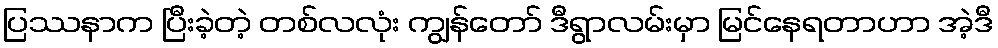
ပြဿနာက ပြီးခဲ့တဲ့ တစ်လလုံး ကျွန်တော် ဒီရွာလမ်းမှာ မြင်နေရတာဟာ အဲ့ဒီ